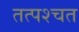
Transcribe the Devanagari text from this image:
तत्पश्चत